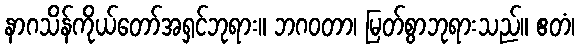
နာဂသိန်ကိုယ်တော်အရှင်ဘုရား။ ဘဂဝတာ၊ မြတ်စွာဘုရားသည်။ ဧတံ၊